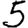
Digit: 5